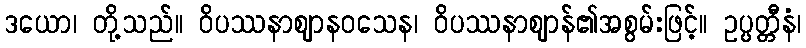
ဒယော၊ တို့သည်။ ဝိပဿနာဈာနဝသေန၊ ဝိပဿနာဈာန်၏အစွမ်းဖြင့်။ ဥပ္ပတ္တီနံ၊